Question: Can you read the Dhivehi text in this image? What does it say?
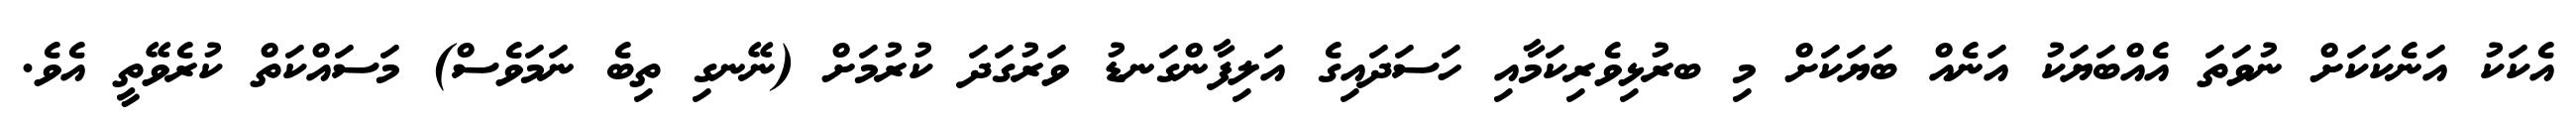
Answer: އެކަކު އަނެކަކަށް ނުވަތަ އެއްބަޔަކު އަނެއް ބަޔަކަށް މި ބރުޅިވެރިކަމާއި ހަސަދައިގެ އަލިފާންގަނޑު ވަރުގަދަ ކުރުމަށް (ނޭނގި ތިބެ ނަމަވެސް) މަސައްކަތް ކުރެވޭތީ އެވެ.